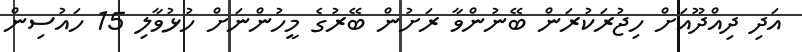
އަދި ދިއްދޫއަށް ހިޖުރަކުރަން ބޭނުންވާ ރަށުން ބޭރުގެ މީހުންނަށް ހުޅުވާލި 15 ހައުސިން